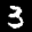
Label: 3